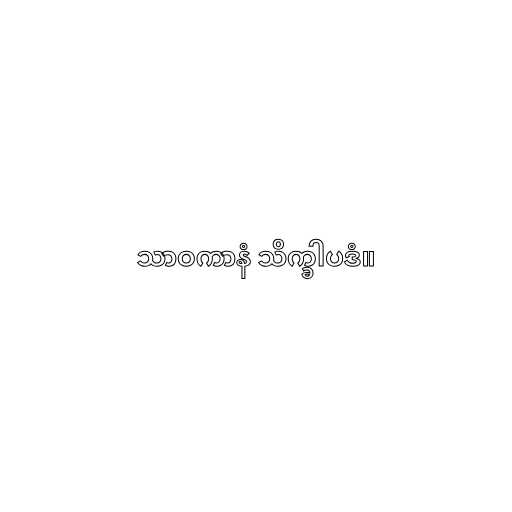
သာဝကာနံ သိက္ခါပဒံ။